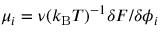
\mu _ { i } = \nu ( k _ { \mathrm { B } } T ) ^ { - 1 } \delta F / \delta \phi _ { i }